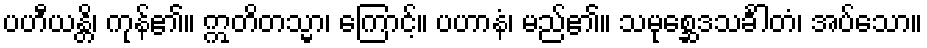
ပဟီယန္တိ၊ ကုန်၏။ ဣတိတသ္မာ၊ ကြောင့်။ ပဟာနံ၊ မည်၏။ သမုစ္ဆေဒသင်္ခါတံ၊ အပ်သော။